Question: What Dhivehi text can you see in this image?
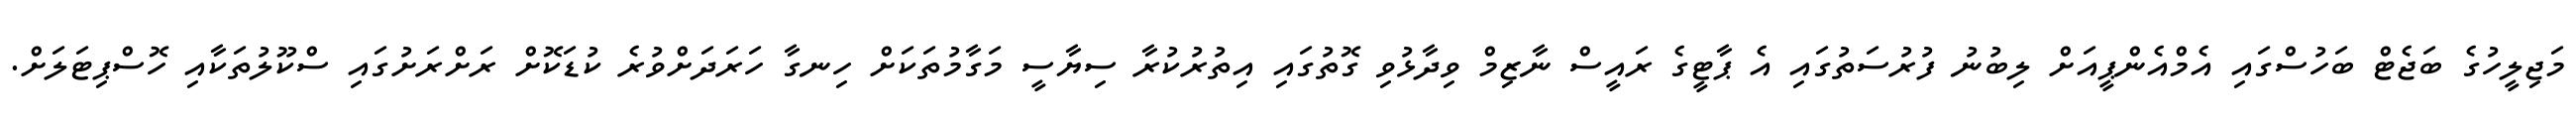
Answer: މަޖިލީހުގެ ބަޖެޓް ބަހުސްގައި އެމްއެންޕީއަށް ލިބުނު ފުރުސަތުގައި އެ ޕާޓީގެ ރައީސް ނާޒިމް ވިދާޅުވި ގޮތުގައި އިތުރުކުރާ ސިޔާސީ މަގާމުތަކަށް ހިނގާ ހަރަދަށްވުރެ ކުޑަކޮށް ރަށްރަށުގައި ސްކޫލުތަކާއި ހޮސްޕިޓަލަށް.